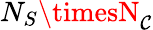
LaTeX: N_{S}\timesN_{\mathcal{C}}